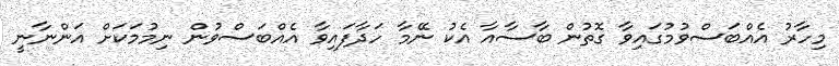
މިހާރު އެއްބަސްވުމުގައިވާ ގޮތުން ބާސާއާ އެކު ނޭމާ ހަދާފައިވާ އެއްބަސްވުން ނިމުމަކަށް އަންނާނީ